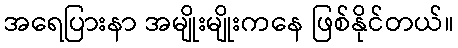
အရေပြားနာ အမျိုးမျိုးကနေ ဖြစ်နိုင်တယ်။